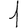
Digit: 1